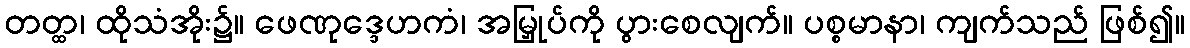
တတ္ထ၊ ထိုသံအိုး၌။ ဖေဏုဒ္ဒေဟကံ၊ အမြှုပ်ကို ပွားစေလျက်။ ပစ္စမာနာ၊ ကျက်သည် ဖြစ်၍။